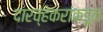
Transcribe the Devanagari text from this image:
दारव्हेकरांकडून